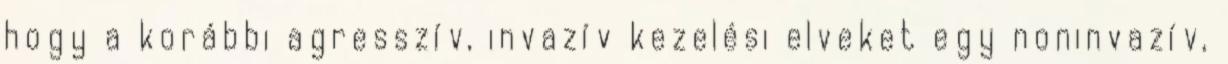
hogy a korábbi agresszív, invazív kezelési elveket egy noninvazív,